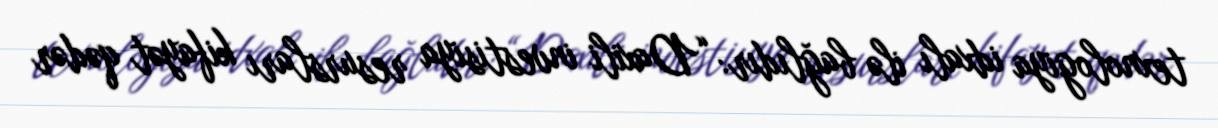
texnologiya idxalı ilə bağlıdır: “Daxili investisiya resursları kifayət qədər